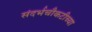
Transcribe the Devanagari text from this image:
संदर्भचौकटीच्या